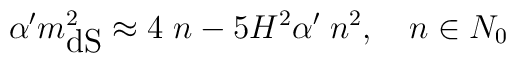
\alpha'm^2_{\mbox{dS}}\approx 4\;n-5H^2\alpha'\;n^2,\quad n\in N_{0}